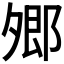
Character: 𡖥